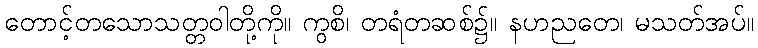
တောင့်တသောသတ္တဝါတို့ကို။ ကွစိ၊ တရံတဆစ်၌။ နဟညတေ၊ မသတ်အပ်။